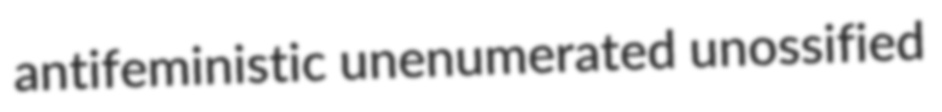
antifeministic unenumerated unossified